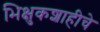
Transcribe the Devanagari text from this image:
भिक्षुकशाहीचे